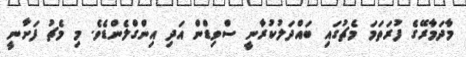
މާދަމާރޭގެ ފުރަތަމަަ މެޗުގައި ބައްދަލުކުރާނީ ސްވިޑްން އަދި އިންގްލެންޑެވެ. މި މެޗު ފަށާނީ